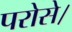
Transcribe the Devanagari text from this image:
परोसे।